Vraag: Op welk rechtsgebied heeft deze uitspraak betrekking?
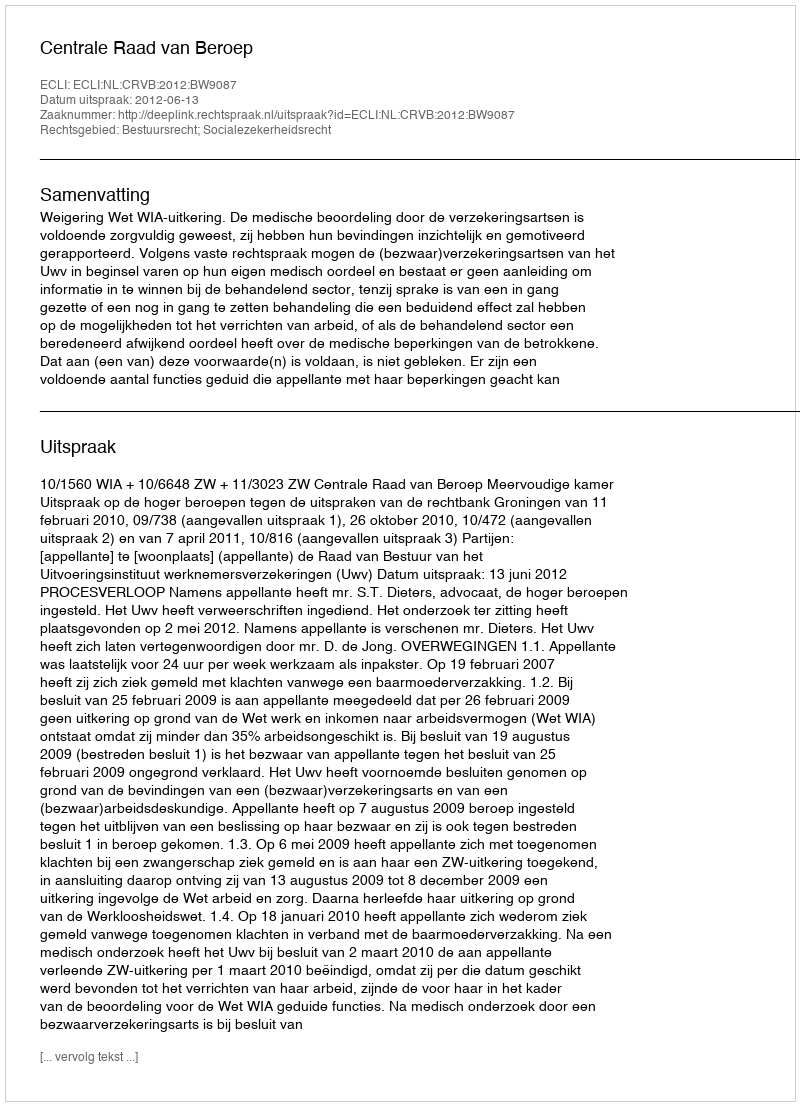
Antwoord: Bestuursrecht; Socialezekerheidsrecht